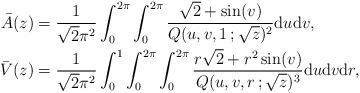
\begin{align*} \bar{A}(z) &= \frac{1}{\sqrt{2}\pi^2}\int_0^{2\pi} \int_0^{2\pi} \frac{\sqrt{2} + \sin(v)}{Q(u,v,1\,;\sqrt{z})^2} \mathrm{d}u\mathrm{d}v, \\ \bar{V}(z) &= \frac{1}{\sqrt{2}\pi^2}\int_0^{1} \int_0^{2\pi}\int_0^{2\pi} \frac{r\sqrt{2} + r^2\sin(v)}{Q(u,v,r\,;\sqrt{z})^3} \mathrm{d}u\mathrm{d}v\mathrm{d}r,\end{align*}